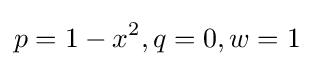
p=1-x^{2},q=0,w=1